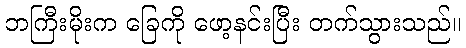
ဘကြီးမိုးက ခြေကို ဖော့နင်းပြီး တက်သွားသည်။